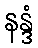
နန္ဒံ